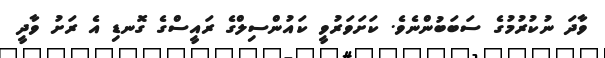
ވާދަ ނުކުރުމުގެ ސަބަބުންނެވެ. ކަށަވަރުވީ ކައުންސިލްގެ ރައީސްގެ ގޮނޑި އެ ރަށު ވާދީ